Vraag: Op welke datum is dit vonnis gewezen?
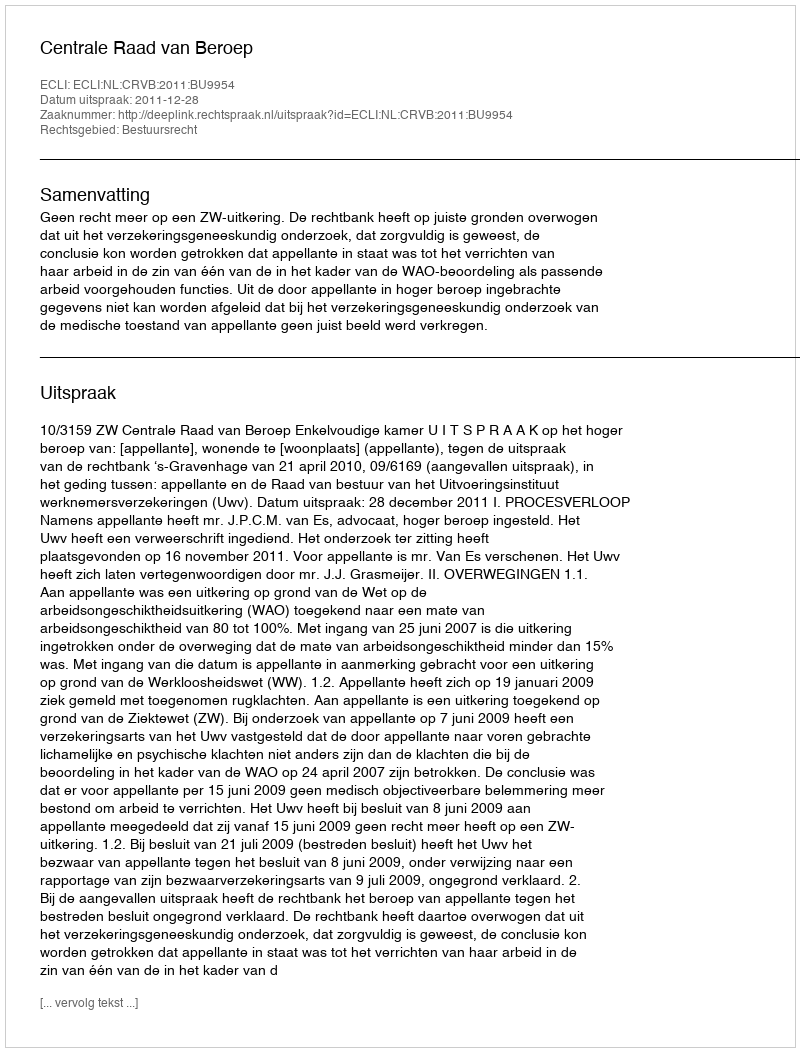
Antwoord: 2011-12-28